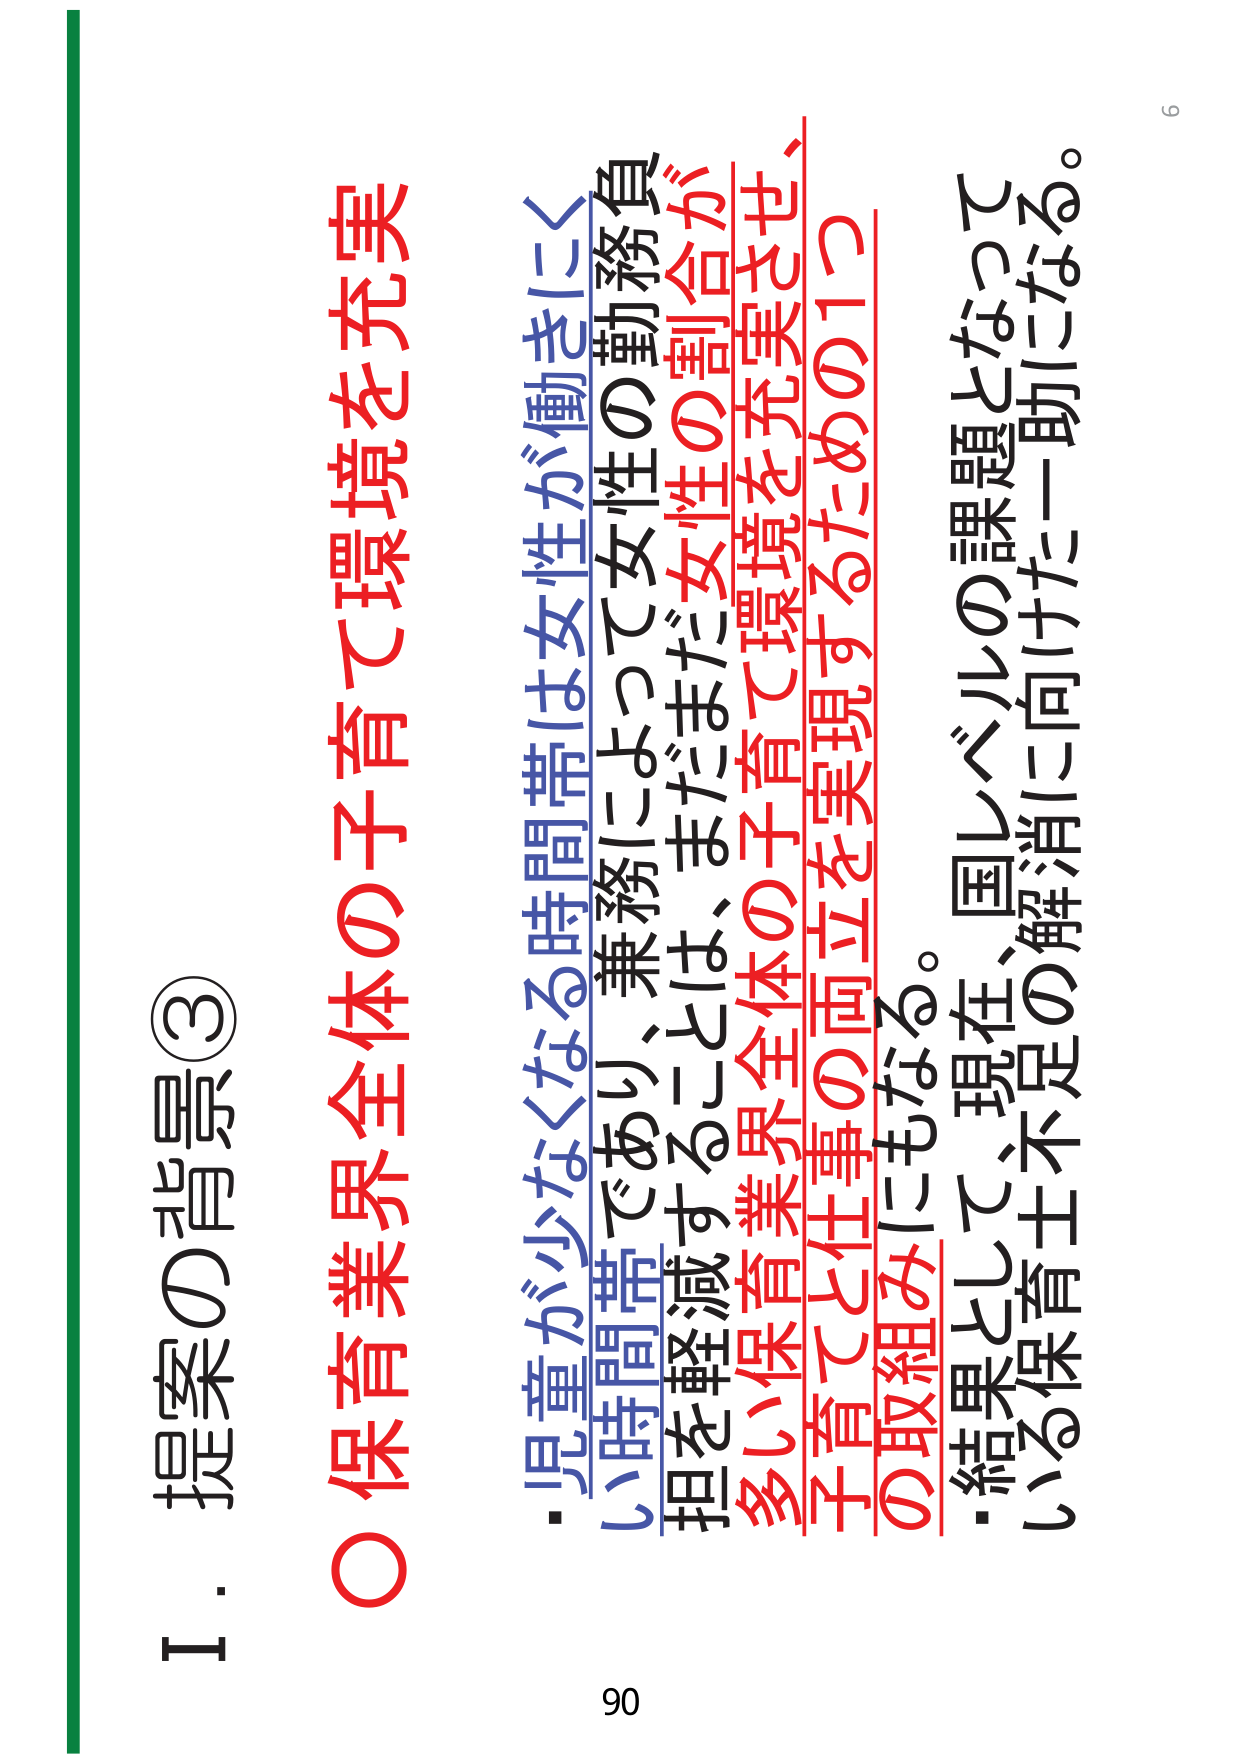
I．提案の背景③
○保育業界全体の子育て環境を充実
・児童が少なくなる時間帯は女性が働きにく
い時間帯であり、兼務によって女性の勤務負
担を軽減することは、まだまだ女性の割合が
多い保育業界全体の子育て環境を充実させ、
子育てと仕事の両立を実現するための1つ
の取組みにもなる。
・結果として、現在、国レベルの課題となって
いる保育士不足の解消に向けた一助になる。
90
9